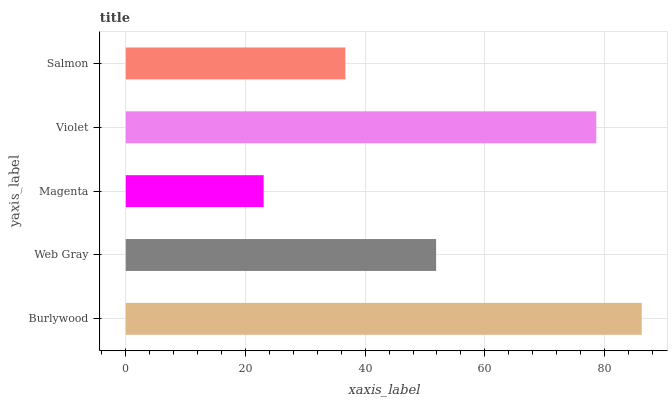
| yaxis_label | bars |
 | --- | --- |
 | Burlywood | 86.2 |
 | Web Gray | 51.9 |
 | Magenta | 23 |
 | Violet | 78.6 |
 | Salmon | 36.7 |